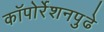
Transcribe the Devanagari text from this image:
कॉपोर्रेशनपुढे